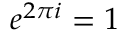
e ^ { 2 \pi i } = 1